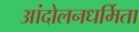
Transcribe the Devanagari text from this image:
आंदोलनधर्मिता